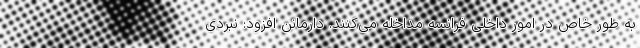
به طور خاص در امور داخلی فرانسه مداخله می‌کنند. دارمانن افزود: نبردی